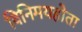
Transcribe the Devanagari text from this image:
विनिमयहोता